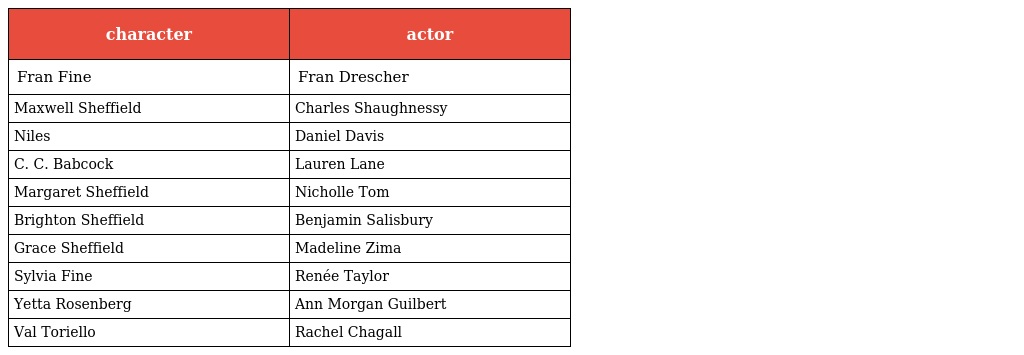
| character | actor |
 | --- | --- |
 | Fran Fine | Fran Drescher |
 | Maxwell Sheffield | Charles Shaughnessy |
 | Niles | Daniel Davis |
 | C. C. Babcock | Lauren Lane |
 | Margaret Sheffield | Nicholle Tom |
 | Brighton Sheffield | Benjamin Salisbury |
 | Grace Sheffield | Madeline Zima |
 | Sylvia Fine | Renée Taylor |
 | Yetta Rosenberg | Ann Morgan Guilbert |
 | Val Toriello | Rachel Chagall |